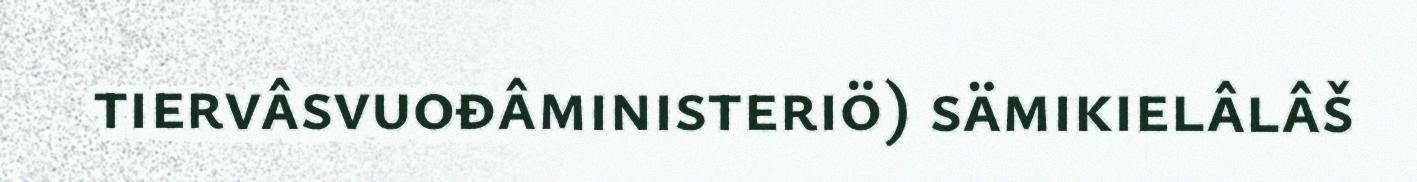
tiervâsvuođâministeriö) sämikielâlâš